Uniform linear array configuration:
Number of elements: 48
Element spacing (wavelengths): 0.25
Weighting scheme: binomial
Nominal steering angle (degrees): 15
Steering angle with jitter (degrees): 14.259
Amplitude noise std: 0.05
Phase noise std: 0.05

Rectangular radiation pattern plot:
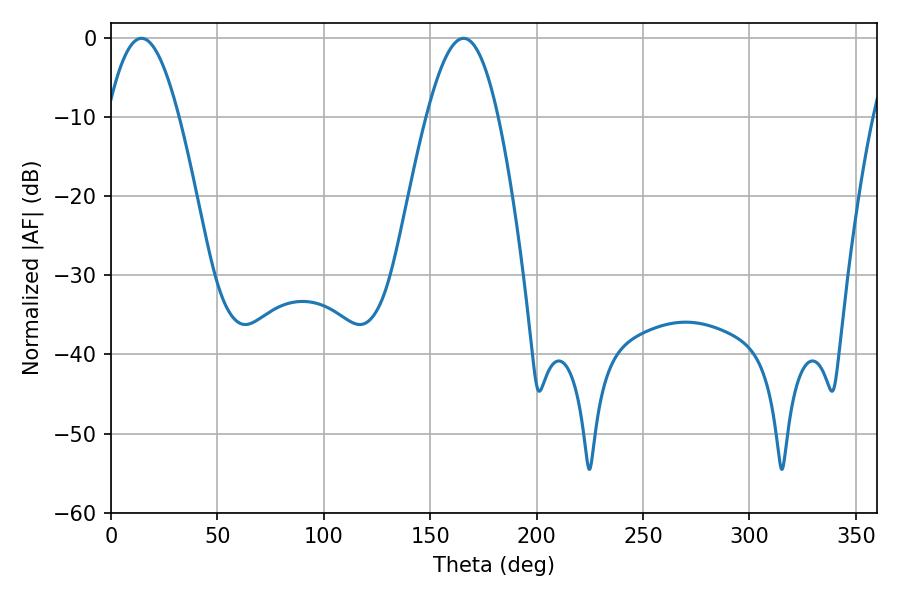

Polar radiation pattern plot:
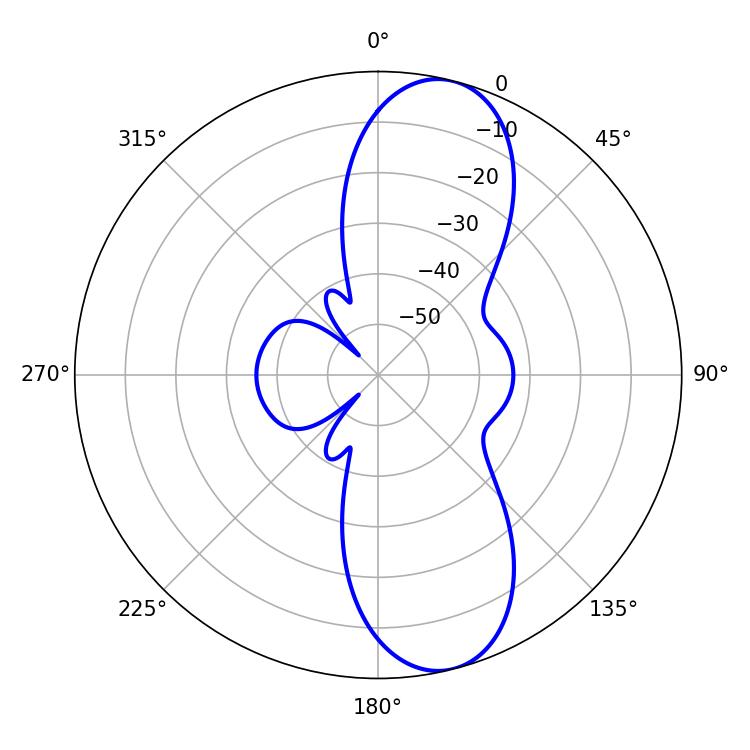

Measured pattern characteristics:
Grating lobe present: FALSE
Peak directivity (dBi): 10.583
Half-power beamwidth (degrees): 18.18
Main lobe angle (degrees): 14.4